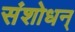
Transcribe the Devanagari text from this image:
संशोधन्